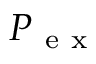
P _ { \mathrm { ~ e ~ x ~ } }